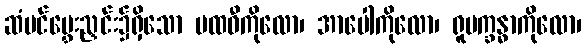
ဆံပင်မွှေးညှင်း၌ရှိသော ပထဝီကိုလော၊ အာပေါကိုလော၊ ရူပက္ခန္ဓာကိုလော၊